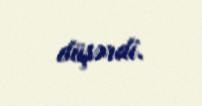
düşərdi.